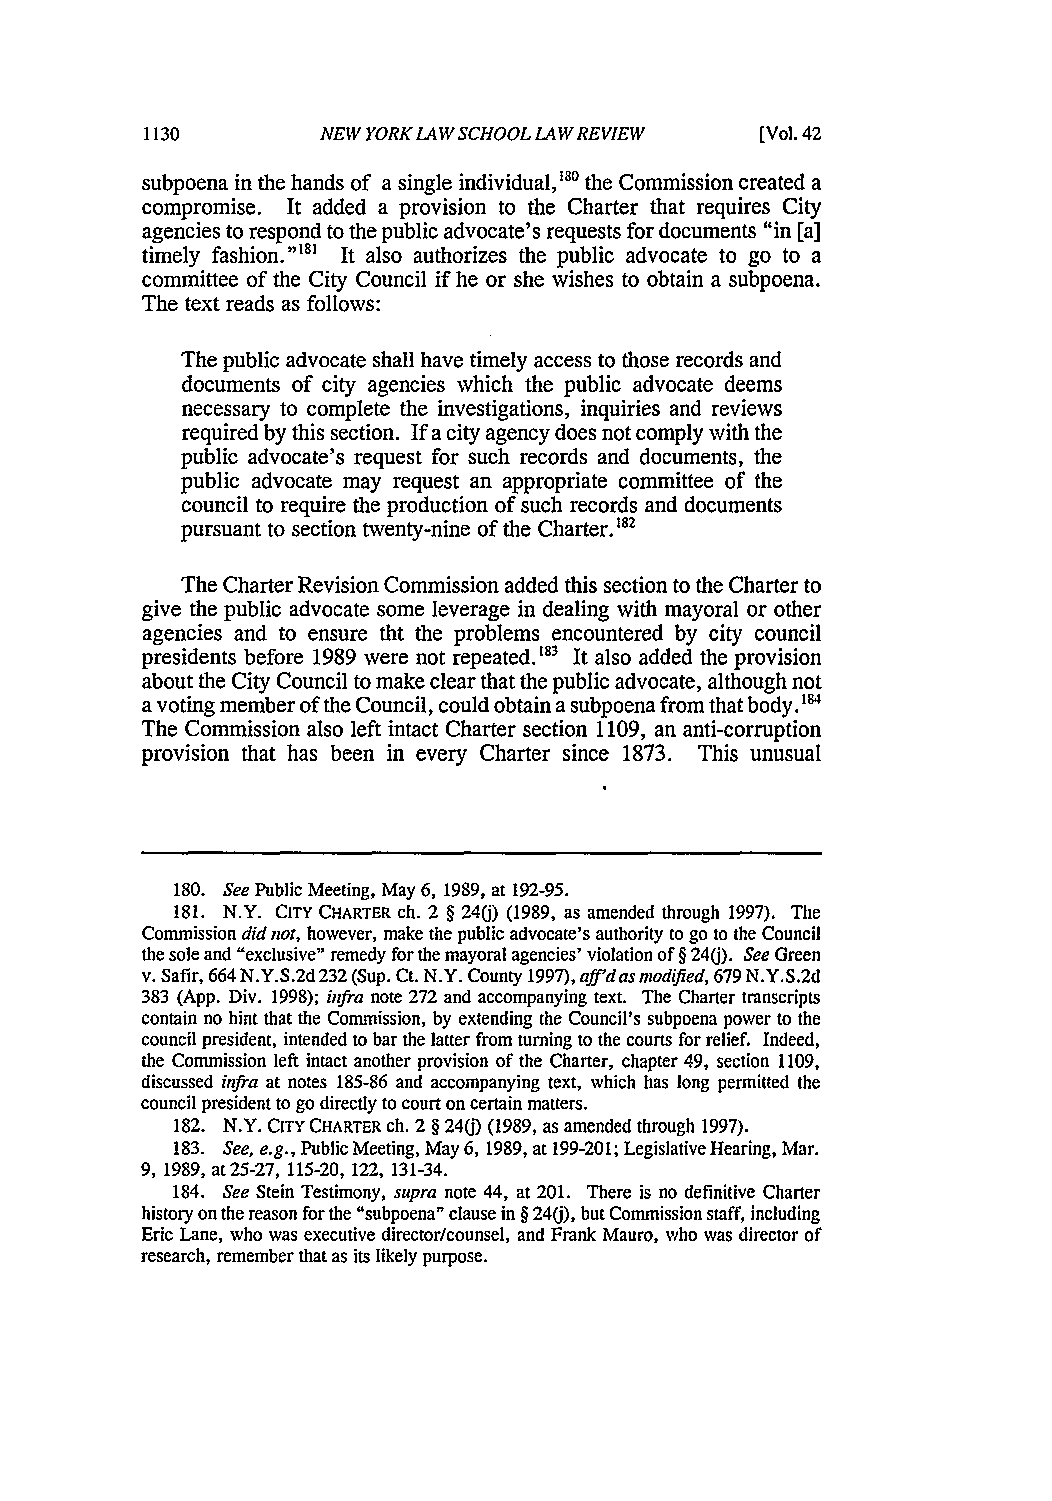
NEW YORK LA W SCHOOL LA W REVIEW [Vol. 42
 subpoena in the hands of a single individual,180 the Commission created a
 compromise. It added a provision to the Charter that requires City
 agencies to respond to the public advocate's requests for documents "in [a]
 timely fashion." 8' It also authorizes the public advocate to go to a
 committee of the City Council if he or she wishes to obtain a subpoena.
 The text reads as follows:
 The public advocate shall have timely access to those records and
 documents of city agencies which the public advocate deems
 necessary to complete the investigations, inquiries and reviews
 required by this section. If a city agency does not comply with the
 public advocate's request for such records and documents, the
 public advocate may request an appropriate committee of the
 council to require the production of such records and documents
 pursuant to section twenty-nine of the Charter.'82
 The Charter Revision Commission added this section to the Charter to
 give the public advocate some leverage in dealing with mayoral or other
 agencies and to ensure tht the problems encountered by city council
 presidents before 1989 were not repeated.'83 It also added the provision
 about the City Council to make clear that the public advocate, although not
 a voting member of the Council, could obtain a subpoena from that body.184
 The Commission also left intact Charter section 1109, an anti-corruption
 provision that has been in every Charter since 1873. This unusual
 180. See Public Meeting, May 6, 1989, at 192-95.
 181. N.Y. CITY CHARTER ch. 2 § 240) (1989, as amended through 1997). The
 Commission did not, however, make the public advocate's authority to go to the Council
 the sole and "exclusive" remedy for the mayoral agencies' violation of § 240). See Green
 v. Safir, 664 N.Y.S.2d 232 (Sup. Ct. N.Y. County 1997), aff'das modified, 679 N.Y.S.2d
 383 (App. Div. 1998); infra note 272 and accompanying text. The Charter transcripts
 contain no hint that the Commission, by extending the Council's subpoena power to the
 council president, intended to bar the latter from turning to the courts for relief. Indeed,
 the Commission left intact another provision of the Charter, chapter 49, section 1109,
 discussed infra at notes 185-86 and accompanying text, which has long permitted the
 council president to go directly to court on certain matters.
 182. N.Y. CITY CHARTER ch. 2 § 240) (1989, as amended through 1997).
 183. See, e.g., Public Meeting, May 6, 1989, at 199-201; Legislative Hearing, Mar.
 9, 1989, at 25-27, 115-20, 122, 131-34.
 184. See Stein Testimony, supra note 44, at 201. There is no definitive Charter
 history on the reason for the "subpoena" clause in § 240), but Commission staff, including
 Eric Lane, who was executive director/counsel, and Frank Mauro, who was director of
 research, remember that as its likely purpose.